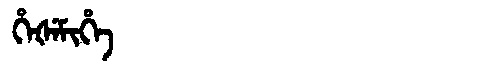
Manchu: ᡥᡝᡧᡝᠮᡳᡥᡝ
Romanization: HEŠEMIHE